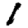
Digit: 1